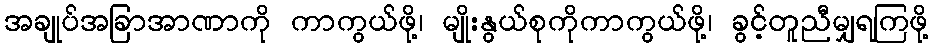
အချုပ်အခြာအာဏာကို ကာကွယ်ဖို့၊ မျိုးနွယ်စုကိုကာကွယ်ဖို့၊ ခွင့်တူညီမျှရကြဖို့